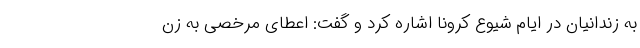
به زندانیان در ایام شیوع کرونا اشاره کرد و گفت: اعطای مرخصی به زن